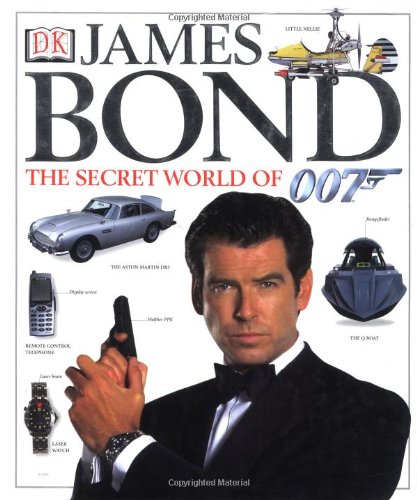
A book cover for James Bond: The Secret World of 007; Alastair Dougall; Humor & Entertainment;